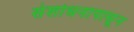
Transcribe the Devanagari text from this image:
संशोधनापासून